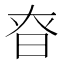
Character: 昚